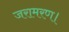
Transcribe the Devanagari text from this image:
जरामरण।